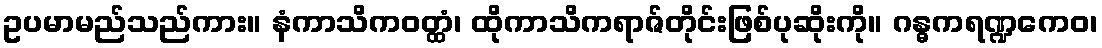
ဥပမာမည်သည်ကား။ နံကာသိကဝတ္ထံ၊ ထိုကာသိကရာဇ်တိုင်းဖြစ်ပုဆိုးကို။ ဂန္ဓကရဏ္ဍကေဝ၊